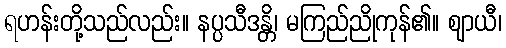
ရဟန်းတို့သည်လည်း။ နပ္ပသီဒန္တိ၊ မကြည်ညိုကုန်၏။ ဈာယီ၊